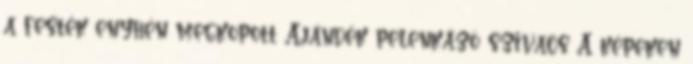
a festék enyhén megkopott Ajándék pelenkázó szivacs A képeken